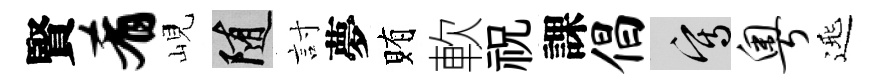
賢肴峴隨討夢賄軟祝課倡寫粤𨓱